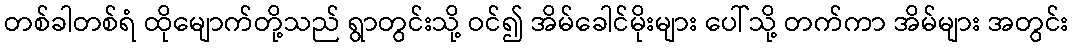
တစ်ခါတစ်ရံ ထိုမျောက်တို့သည် ရွာတွင်းသို့ ဝင်၍ အိမ်ခေါင်မိုးများ ပေါ်သို့ တက်ကာ အိမ်များ အတွင်း